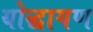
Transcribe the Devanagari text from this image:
योद्धागण